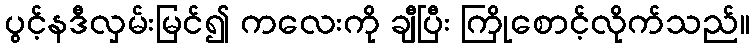
ပွင့်နဒီလှမ်းမြင်၍ ကလေးကို ချီပြီး ကြိုစောင့်လိုက်သည်။